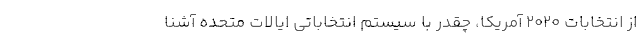
از انتخابات 2020 آمریکا، چقدر با سیستم انتخاباتی ایالات متحده آشنا